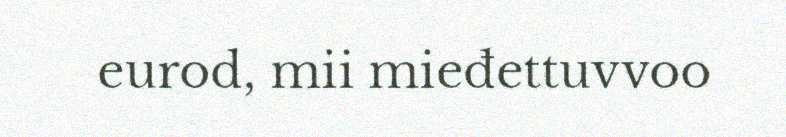
eurod, mii mieđettuvvoo